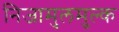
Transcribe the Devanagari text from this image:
निजामुलमुल्क